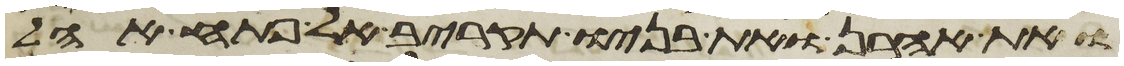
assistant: ואת אהרן ואת בניו תקריב אל פתח אהל